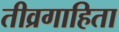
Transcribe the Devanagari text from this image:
तीव्रगाहिता